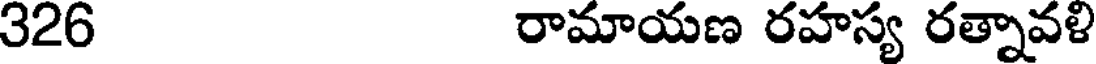
326 రామాయణ రహస్య రత్నావళి